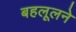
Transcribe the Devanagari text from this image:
बहलूलने